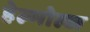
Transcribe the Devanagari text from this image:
हेल्मोल्ज